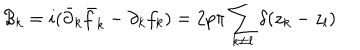
{ \cal B } _ { k } = i ( { \bar { \partial } _ { k } } { \bar { f } } _ { k } - { \partial } _ { k } f _ { k } ) = 2 p \pi \sum _ { k \neq l } \delta ( z _ { k } - z _ { l } )